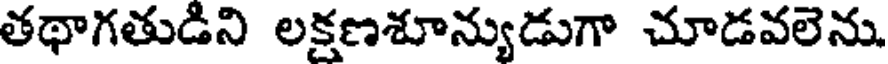
తథాగతుడిని లక్షణశూన్యుడుగా చూడవలెను.